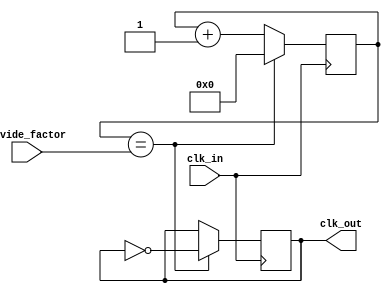
module clock_divider (
  input wire clk_in,
  input wire [7:0] divide_factor,
  output reg clk_out
);

reg [7:0] counter;

always @ (posedge clk_in) begin
  if(counter == divide_factor) begin
    counter <= 0;
    clk_out <= ~clk_out;
  end else begin
    counter <= counter + 1;
  end
end

endmodule